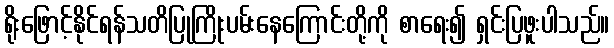
ရိုးဖြောင့်နိုင်ရန်သတိပြုကြိုးပမ်းနေကြောင်းတို့ကို စာရေး၍ ရှင်းပြဖူးပါသည်။